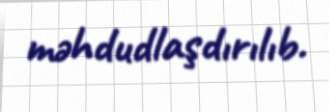
məhdudlaşdırılıb.